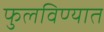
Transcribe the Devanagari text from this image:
फुलविण्यात